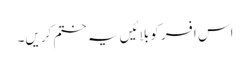
اس افسر کو بلائیں یہ ختم کریں۔